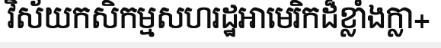
វិស័យកសិកម្មសហរដ្ឋអាមេរិកដ៏ខ្លាំងក្លា+